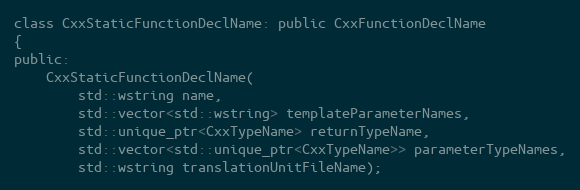
Language: C
class CxxStaticFunctionDeclName: public CxxFunctionDeclName
{
public:
	CxxStaticFunctionDeclName(
		std::wstring name,
		std::vector<std::wstring> templateParameterNames,
		std::unique_ptr<CxxTypeName> returnTypeName,
		std::vector<std::unique_ptr<CxxTypeName>> parameterTypeNames,
		std::wstring translationUnitFileName);